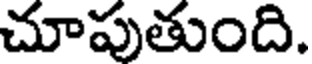
చూపుతుంది.